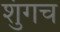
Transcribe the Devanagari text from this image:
शुंगच